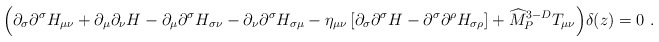
\begin{align*} \Big(\partial_\sigma\partial^\sigma H_{\mu\nu} +\partial_\mu\partial_\nu H-\partial_\mu \partial^\sigma H_{\sigma\nu}- \partial_\nu \partial^\sigma H_{\sigma\mu}-\eta_{\mu\nu} \left[\partial_\sigma\partial^\sigma H-\partial^\sigma\partial^\rho H_{\sigma\rho}\right]+{\widehat M}_P^{3-D} T_{\mu\nu}\Big) \delta(z)=0~.\end{align*}